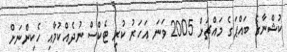
ކުޝްނާގެ ބައްޕަގެ މައްޗަށް 2005 ވަނަ އަހަރު ކުރި ޓެކްސް ނުދެއްކުމާއި ހެކިންނަށް